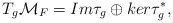
\begin{align*}T_g{\cal M}_F=Im\tau_g\oplus ker\tau^*_g,\end{align*}